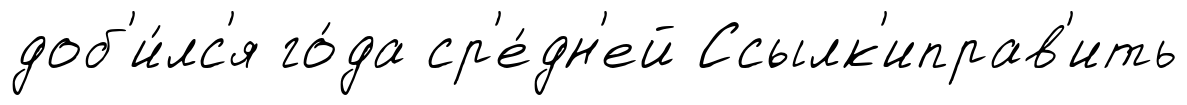
доб'и́лс'я го́да ср'е́дн'ей Ссылк'иправ'ить